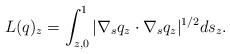
LaTeX: \begin{align*} L(q)_{z}=\int_{z,0}^{1}|\nabla_{s}q_{z}\cdot\nabla_{s}q_{z}|^{1/2}ds_{z}. \end{align*}